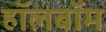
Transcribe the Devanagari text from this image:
हॉलबॉम